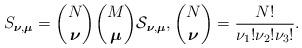
LaTeX: \begin{align*}S_{\boldsymbol\nu,\boldsymbol\mu}=\binom{N}{\boldsymbol\nu}\binom{M}{\boldsymbol\mu}\mathcal{S}_{\boldsymbol\nu,\boldsymbol\mu},\binom{N}{\boldsymbol\nu}=\frac{N!}{\nu_1!\nu_2!\nu_3!}.\end{align*}